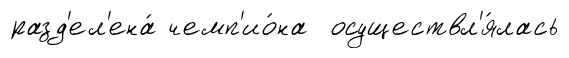
разд'ел'ена́ чемп'ио́на осуществл'я́лась